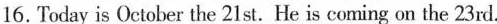
16.Today is October the 21st.He is coming on the 23rd.